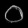
Digit: ၀